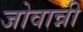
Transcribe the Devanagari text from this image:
जोवान्नी